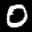
Label: 0